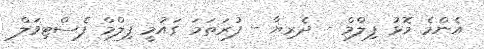
އެންމެ މޮޅު ފިލްމް - ދެރިޔާ - ފުރަތަމަ ގައުމީ ފިލްމް ފެސްޓިވަލް